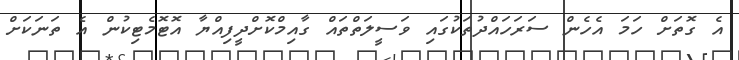
އެ ގޮތަށް ހަމަ އެހެން ސަރަހައްދުތަކުގައި ވަސީލަތްތައް ގާއިމްކޮށްދީފިއްޔާ އޮޓޮމެޓިކުން އެ ތަނަކަށް